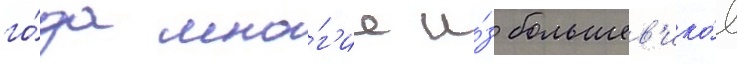
го́да мно́г'ие и́з большев'ико́в